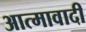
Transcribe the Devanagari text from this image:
आत्मावादी